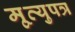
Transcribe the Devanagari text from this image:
मृ्त्युपत्र